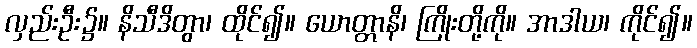
လှည်းဦး၌။ နိသီဒိတွာ၊ ထိုင်၍။ ယောတ္တာနိ၊ ကြိုးတို့ကို။ အာဒါယ၊ ကိုင်၍။